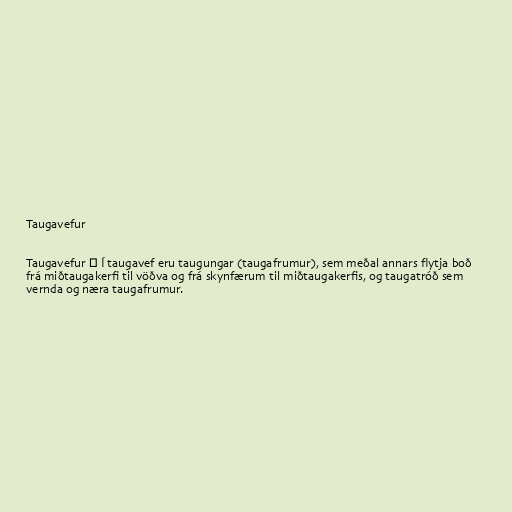
Taugavefur

Taugavefur ― Í taugavef eru taugungar (taugafrumur), sem meðal annars flytja boð
frá miðtaugakerﬁ til vöðva og frá skynfærum til miðtaugakerfis, og taugatróð sem
vernda og næra taugafrumur.